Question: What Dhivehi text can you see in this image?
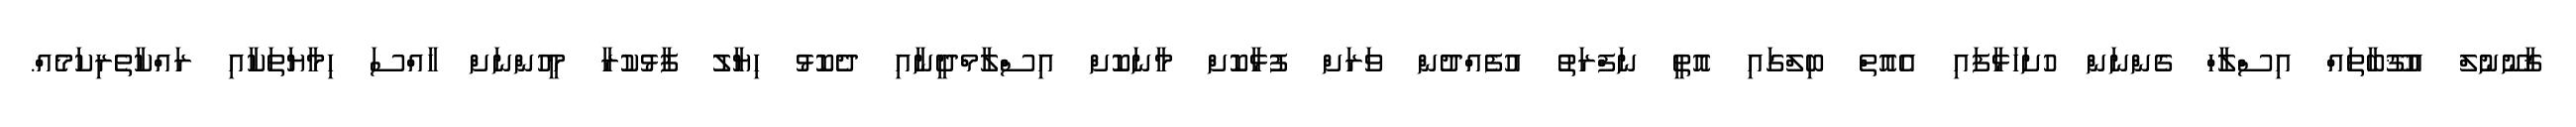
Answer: ޤާނޫނުލް އުޤޫބާތައް އިސްލާހް ގެންނަން ހުށަހަޅާފައި އެއޮތް ބިލްގައި އޮތީ ނަފްރަތު އުފެއްދުން ވަރަށް ފުޅާކޮށް މާނަކޮށް އިސްލާމްދީނާއި ދެކޮޅު ހިޔާލު ފާޅުކުރާ މީހުންނަށް ހާއްސަ ހިމާޔަތަކާއި ރައްކާތެރިކަމެއް.